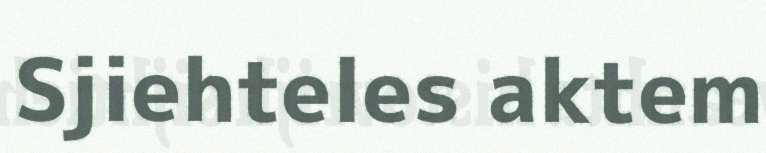
Sjiehteles aktem